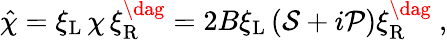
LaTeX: \hat{\chi}=\xi_{\mathrm{L}}\, \chi\, \xi_{\mathrm{R}}^{\dag}=2B\xi_{\mathrm{L}}\left({\cal S}+i{\cal P}\right)\xi_{\mathrm{R}}^{\dag}\ ,